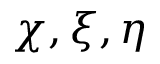
\chi , \xi , \eta